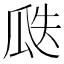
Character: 瓞